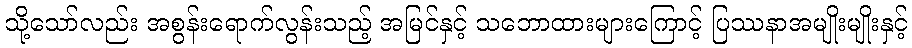
သို့သော်လည်း အစွန်းရောက်လွန်းသည့် အမြင်နှင့် သဘောထားများကြောင့် ပြဿနာအမျိုးမျိုးနှင့်